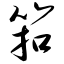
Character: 筘